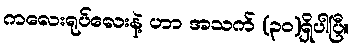
ကလေးရုပ်လေးနဲ့ ဟာ အသက် (၃၀)ရှိပါပြီ။